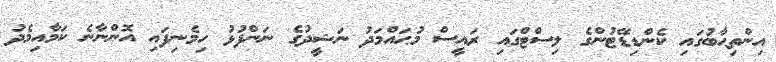
އިންތިޙާބުގައި ކެންޑިޑޭޓުންގެ ލިސްޓްގައި ރައީސް މުޙައްމަދު ނަޝީދުގެ ނަންފުޅު ހިމެނިފައި އޮންނާނެ ކަމާއިމެދު